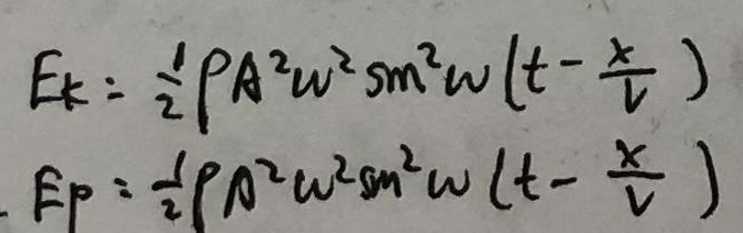
\[
\begin{align*}
E_{k}&=\frac{1}{2}\rho A^{2}\omega^{2}\sin^{2}\omega(t-\frac{x}{v})\\
E_{p}&=\frac{1}{2}\rho A^{2}\omega^{2}\sin^{2}\omega(t-\frac{x}{v})
\end{align*}
\]